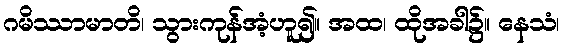
ဂမိဿာမာတိ၊ သွားကုန်အံ့ဟူ၍။ အထ၊ ထိုအခါ၌။ နေသံ၊